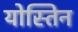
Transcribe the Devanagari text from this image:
योस्तिन